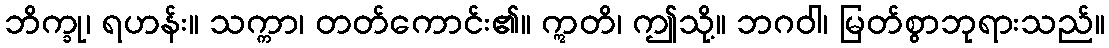
ဘိက္ခု၊ ရဟန်း။ သက္ကာ၊ တတ်ကောင်း၏။ ဣတိ၊ ဤသို့။ ဘဂဝါ၊ မြတ်စွာဘုရားသည်။